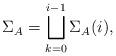
LaTeX: \begin{align*}\Sigma_A = \bigsqcup_{k=0}^{i-1} \Sigma_{A}(i),\end{align*}